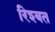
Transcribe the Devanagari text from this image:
रिश्बत